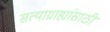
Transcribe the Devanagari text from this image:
सत्याग्राह्यांसाठी